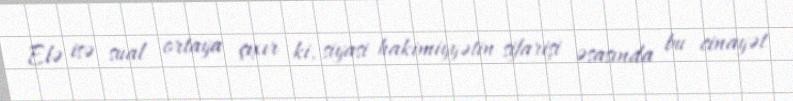
Elə isə sual ortaya çıxır ki, siyasi hakimiyyətin sifarişi əsasında bu cinayət